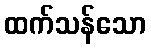
ထက်သန်သော